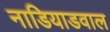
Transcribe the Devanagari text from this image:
नाडियाडवाल